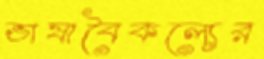
ভাষাবৈকল্যের